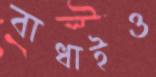
বাধাইও